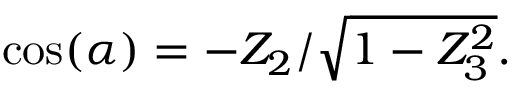
\cos ( \alpha ) = - Z _ { 2 } / { \sqrt { 1 - Z _ { 3 } ^ { 2 } } } .